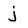
Character: j